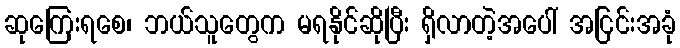
ဆုကြေးရစေ၊ ဘယ်သူတွေက မရနိုင်ဆိုပြီး ရှိလာတဲ့အပေါ် အငြင်းအခုံ